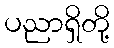
ပညာရှိတို့